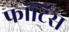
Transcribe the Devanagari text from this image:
फॉर्टिस